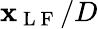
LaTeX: \mathbf{x}_{\mathrm{{~L~F~}}}/D